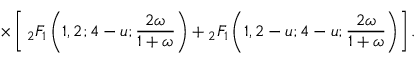
\times \left[ \, _ { 2 } F _ { 1 } \left( 1 , 2 ; 4 - u ; \frac { 2 \omega } { 1 + \omega } \right) + { } _ { 2 } F _ { 1 } \left( 1 , 2 - u ; 4 - u ; \frac { 2 \omega } { 1 + \omega } \right) \right] .